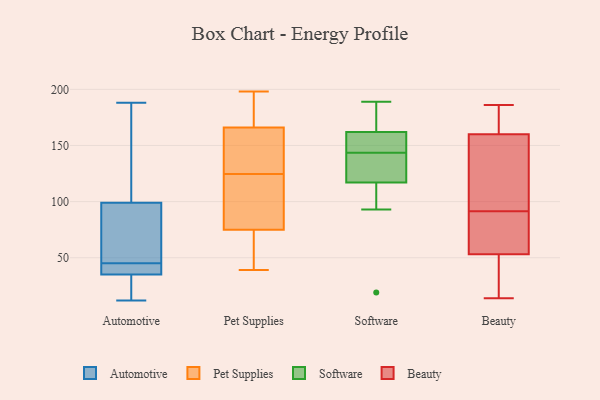
{"axis": {"x": "Gross Profit (USD K)", "y": "Value"}, "legend": ["Automotive", "Beauty", "Pet Supplies", "Software"], "data": [{"x": "", "y": 47, "type": "Automotive"}, {"x": "", "y": 35, "type": "Automotive"}, {"x": "", "y": 43, "type": "Automotive"}, {"x": "", "y": 28, "type": "Automotive"}, {"x": "", "y": 50, "type": "Automotive"}, {"x": "", "y": 12, "type": "Automotive"}, {"x": "", "y": 188, "type": "Automotive"}, {"x": "", "y": 99, "type": "Automotive"}, {"x": "", "y": 43, "type": "Automotive"}, {"x": "", "y": 149, "type": "Automotive"}, {"x": "", "y": 166, "type": "Pet Supplies"}, {"x": "", "y": 191, "type": "Pet Supplies"}, {"x": "", "y": 184, "type": "Pet Supplies"}, {"x": "", "y": 138, "type": "Pet Supplies"}, {"x": "", "y": 110, "type": "Pet Supplies"}, {"x": "", "y": 75, "type": "Pet Supplies"}, {"x": "", "y": 39, "type": "Pet Supplies"}, {"x": "", "y": 149, "type": "Pet Supplies"}, {"x": "", "y": 71, "type": "Pet Supplies"}, {"x": "", "y": 39, "type": "Pet Supplies"}, {"x": "", "y": 82, "type": "Pet Supplies"}, {"x": "", "y": 119, "type": "Pet Supplies"}, {"x": "", "y": 130, "type": "Pet Supplies"}, {"x": "", "y": 138, "type": "Pet Supplies"}, {"x": "", "y": 195, "type": "Pet Supplies"}, {"x": "", "y": 73, "type": "Pet Supplies"}, {"x": "", "y": 108, "type": "Pet Supplies"}, {"x": "", "y": 198, "type": "Pet Supplies"}, {"x": "", "y": 138, "type": "Software"}, {"x": "", "y": 187, "type": "Software"}, {"x": "", "y": 182, "type": "Software"}, {"x": "", "y": 120, "type": "Software"}, {"x": "", "y": 19, "type": "Software"}, {"x": "", "y": 93, "type": "Software"}, {"x": "", "y": 153, "type": "Software"}, {"x": "", "y": 149, "type": "Software"}, {"x": "", "y": 189, "type": "Software"}, {"x": "", "y": 156, "type": "Software"}, {"x": "", "y": 117, "type": "Software"}, {"x": "", "y": 117, "type": "Software"}, {"x": "", "y": 93, "type": "Software"}, {"x": "", "y": 162, "type": "Software"}, {"x": "", "y": 131, "type": "Beauty"}, {"x": "", "y": 162, "type": "Beauty"}, {"x": "", "y": 160, "type": "Beauty"}, {"x": "", "y": 43, "type": "Beauty"}, {"x": "", "y": 184, "type": "Beauty"}, {"x": "", "y": 53, "type": "Beauty"}, {"x": "", "y": 186, "type": "Beauty"}, {"x": "", "y": 14, "type": "Beauty"}, {"x": "", "y": 81, "type": "Beauty"}, {"x": "", "y": 134, "type": "Beauty"}, {"x": "", "y": 101, "type": "Beauty"}, {"x": "", "y": 82, "type": "Beauty"}, {"x": "", "y": 68, "type": "Beauty"}, {"x": "", "y": 26, "type": "Beauty"}]}